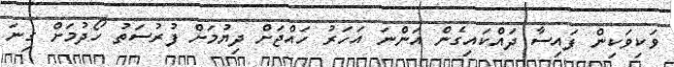
ވަކިވަކިން ފައިސާ ދައްކައިގެން އަންނަ އަހަރު ހައްޖަށް ދިޔުމަށް ފުރުސަތު ހޯދުމަށް ގިނަ